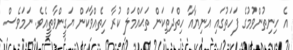
އެ ހިނިތުންވުމުގެ ފަހަތުގައި އަނިޔާއާ ހިތްދަތިކަން ތަޙައްމަލް ކުރާ ހިތެއްވާކަން ޔަގީންވާތީއެވެ. ނަމަވެސް